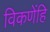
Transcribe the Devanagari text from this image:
विकणेंहि